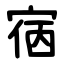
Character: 㝛